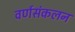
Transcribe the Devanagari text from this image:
वर्णसंकलन